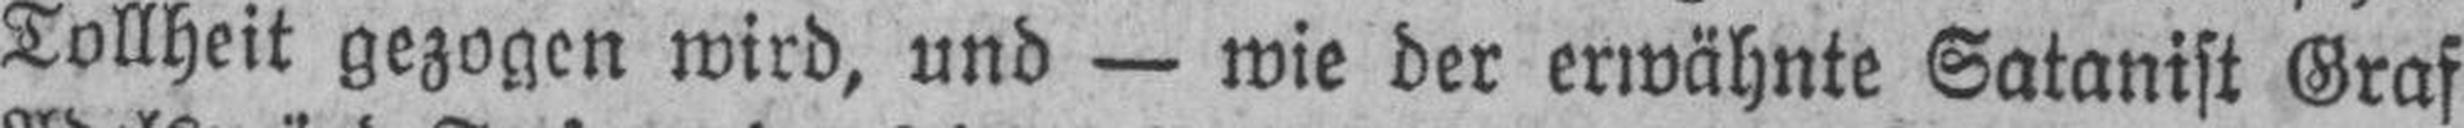
Tollheit gezogen wird, und — wie der erwähnte Satanist Graf